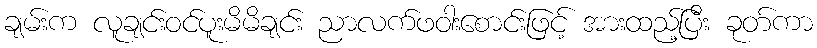
ချမ်းက လူချင်းဝင်ပူးမိမိချင်း ညာလက်ဖဝါးစောင်းဖြင့် အားထည့်ပြီး ခုတ်ကာ